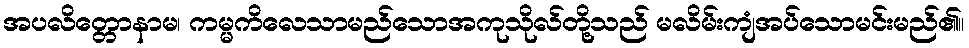
အပလိတ္တောနာမ၊ ကမ္မကိလေသာမည်သောအကုသိုလ်တို့သည် မလိမ်းကျံအပ်သောမင်းမည်၏။